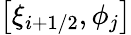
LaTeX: \displaystyle\big[\xi_{i+1/2},\phi_{j}\big]